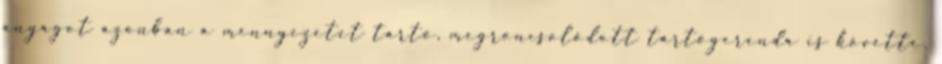
anyagot azonban a mennyezetet tartó, megroncsolódott tartógerenda is követte.